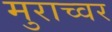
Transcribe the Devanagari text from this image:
मुराच्वर